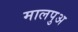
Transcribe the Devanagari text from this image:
मालपुअ